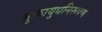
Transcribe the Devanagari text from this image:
मुक्तायुधनिरूपण